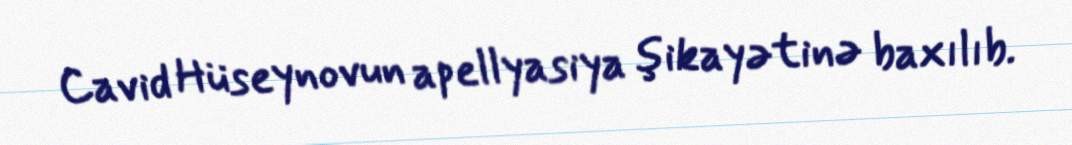
Cavid Hüseynovun apellyasiya şikayətinə baxılıb.